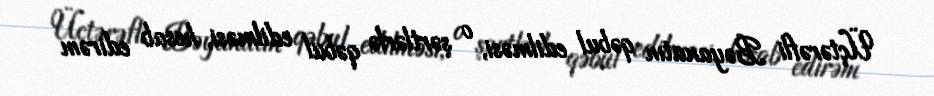
Üçtərəfli Bəyanatın qəbul edilməsi, o şərtlərlə qəbul edilməsi, hesab edirəm